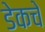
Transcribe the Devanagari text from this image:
डेकचे